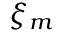
\xi _ { m }